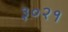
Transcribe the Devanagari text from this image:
३०२१